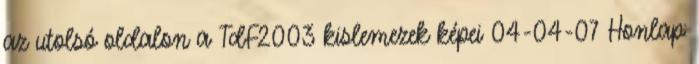
az utolsó oldalon a TdF2003 kislemezek képei 04-04-07 Honlap: